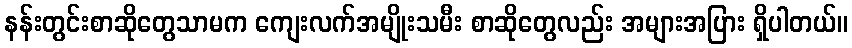
နန်းတွင်းစာဆိုတွေသာမက ကျေးလက်အမျိုးသမီး စာဆိုတွေလည်း အများအပြား ရှိပါတယ်။